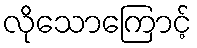
လိုသောကြောင့်